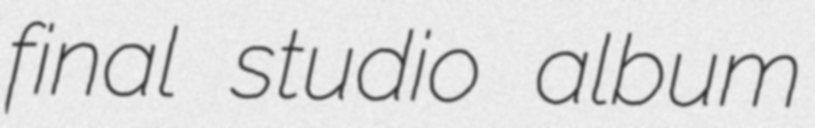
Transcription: final studio album